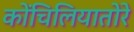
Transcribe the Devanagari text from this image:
कोंचिलियातोरे